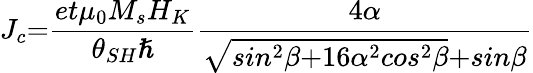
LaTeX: J_{c}\mathrm{=}\frac{et{\mu}_{0}M_{s}H_{K}}{{\theta}_{SH}\mathrm{\hslash}}\frac{\mathrm{4}\alpha}{\sqrt{sin^{\mathrm{2}}\beta\mathrm{+16}{\alpha}^{\mathrm{2}}cos^{\mathrm{2}}\beta}\mathrm{+}sin\beta}